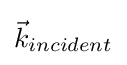
{\vec {k}}_{incident}